Indian journal of veterinary science and animal husbandry - Volumes 18-21, 1948-1951
Year: 1948
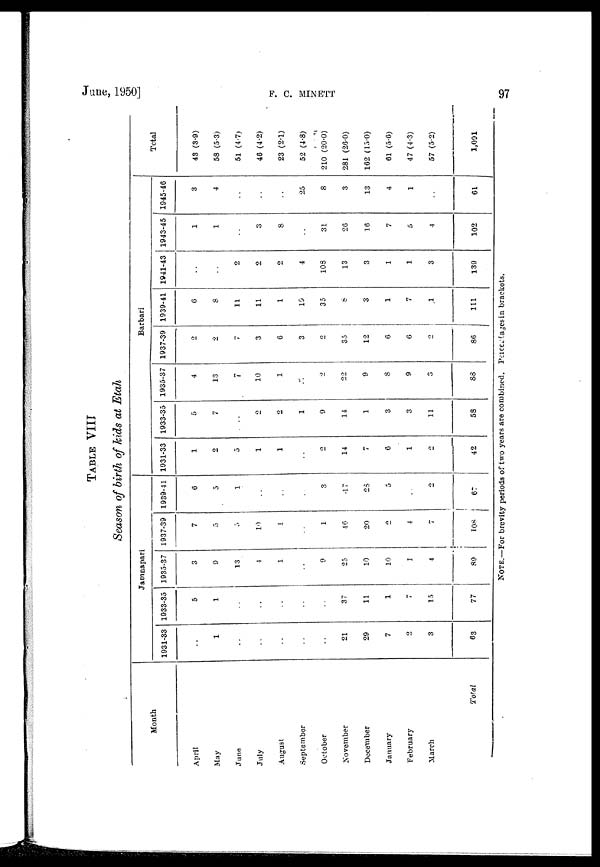
June, 1950]
F.
C.
MINETT
97
TABLE VIII
Season of birth of kids at Etah
Month
April
May
June
July
August
September
October
November
December
January
February
March
Total
Jamnapari
1931-33
. .
1
. .
. .
. .
. .
. .
21
29
7
2
3
63
1933-35
5
1
. .
. .
. .
. .
. .
37
11
1
7
15
77
1935-37
3
9
13
4
1
. .
9
25
10
10
1
4
89
1937-39
7
5
5
10
1
. .
1
46
20
2
4
7
108
1939-41
6
5
1
. .
. .
. .
3
17
28
5
. .
2
67
Barbari
1931-33
1
2
5
1
1
. .
2
14
7
6
1
2
42
1933-35
5
7
. .
2
2
1
9
14
1
3
3
11
58
1935-37
4
13
7
10
1
. .
2
22
9
8
9
3
88
1937-39
2
2
7
3
6
3
2
35
12
6
6
2
86
1939-41
6
8
11
11
1
19
35
8
3
1
7
1
111
1941-43
. .
. .
2
2
2
4
103
13
3
1
1
3
139
1943-45
1
1
. .
3
8
. .
31
26
16
7
5
4
102
1945-46
3
4
. .
. .
. .
25
8
3
13
4
1
. .
61
Total
43 (3.9)
58 (5.3)
51 (4.7)
46 (4.2)
23 (2.1)
52 (4.8)
210 (20.0)
281 (26.0)
162 (15.0)
61 (5.6)
47 (4.3)
57 (5.2)
1,091
NOTE.—For brevity periods of two years are combined. Percentages in brackets.